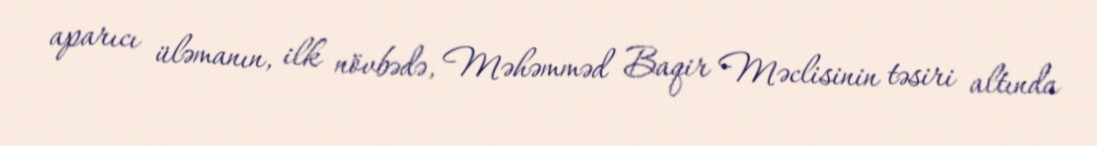
aparıcı üləmanın, ilk növbədə, Məhəmməd Baqir Məclisinin təsiri altında